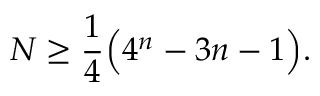
N \ge \frac { 1 } { 4 } \Big ( 4 ^ { n } - 3 n - 1 \Big ) .